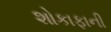
શોકાફાની